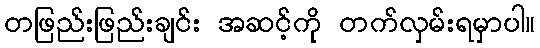
တဖြည်းဖြည်းချင်း အဆင့်ကို တက်လှမ်းရမှာပါ။